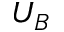
U _ { B }